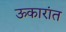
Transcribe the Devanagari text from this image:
ऊकारांत